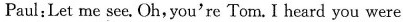
Paul:Let me see. Oh,you're Tom.I heard you were